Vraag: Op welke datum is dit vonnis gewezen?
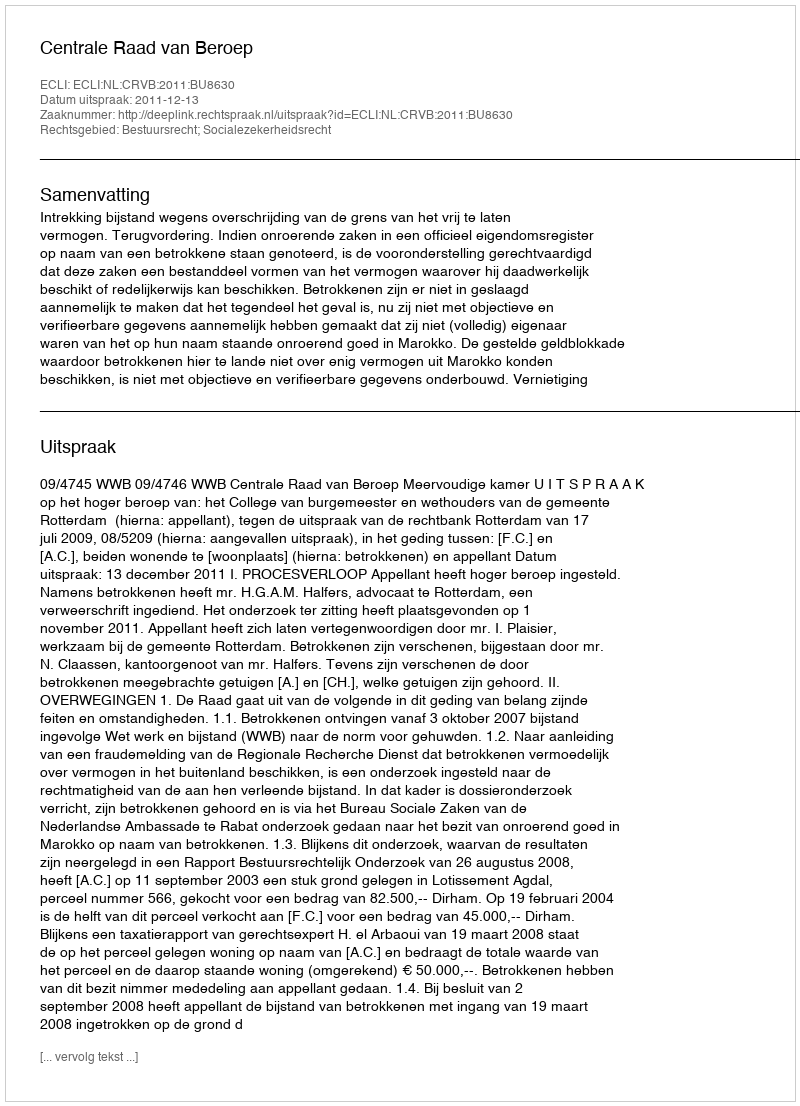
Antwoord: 2011-12-13